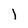
Character: l